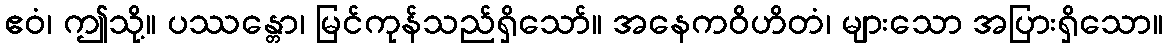
ဧဝံ၊ ဤသို့။ ပဿန္တော၊ မြင်ကုန်သည်ရှိသော်။ အနေကဝိဟိတံ၊ များသော အပြားရှိသော။